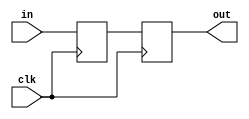
module synchronizer #(
   parameter BITS = 1
)  (
    input clk,
    input [BITS-1:0] in,
    output [BITS-1:0] out
    );

   reg [BITS-1:0]     stage1, stage2;

   always @(posedge clk) begin
      stage1 <= in;
      stage2 <= stage1;
   end

   assign out = stage2;

endmodule // synchronizer